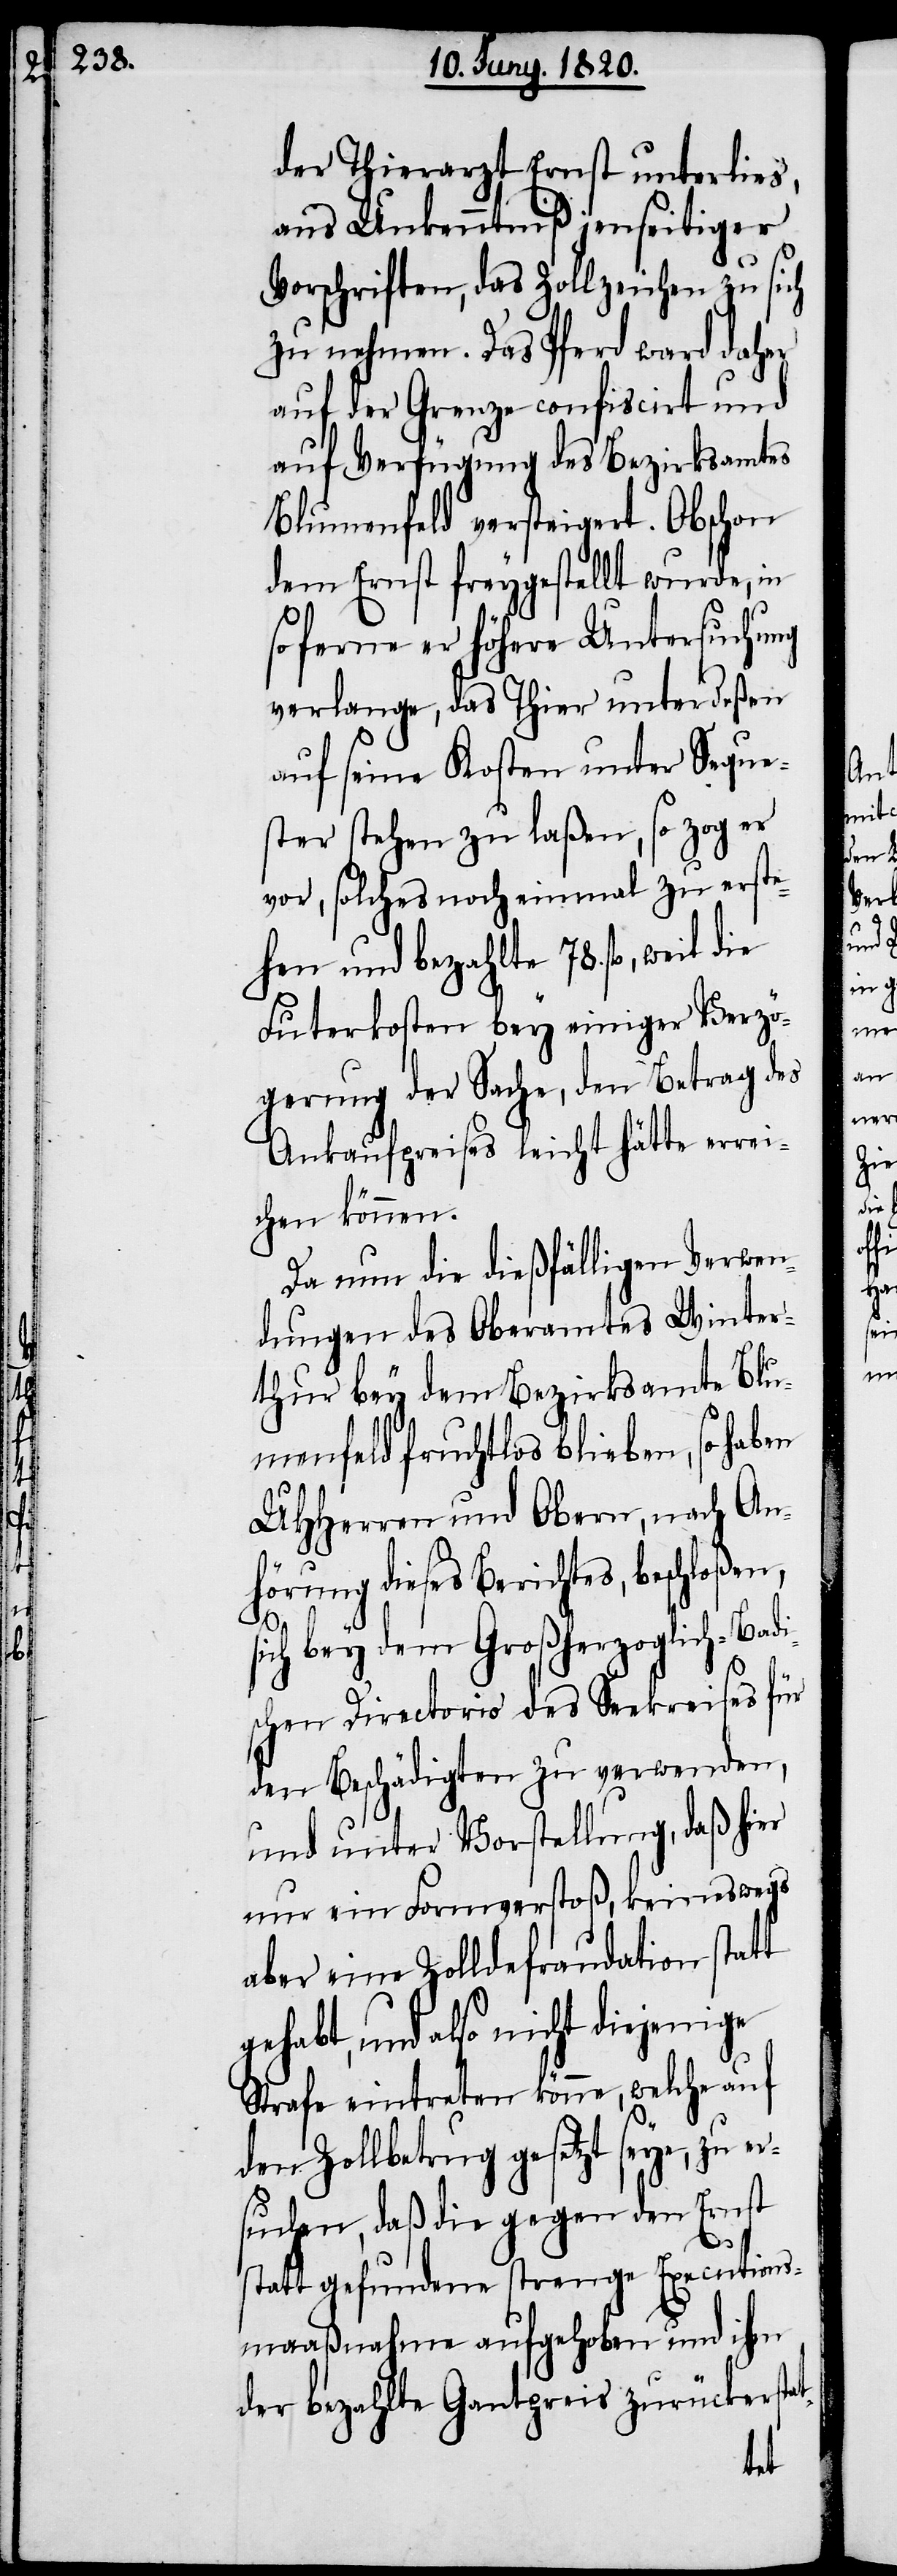
der Thierarzt Ernst unterlies,
aus Unkenntniß jenseitiger
Vorschriften, das Zollzeichen zu sich
zu nehmen. Das Pferd ward daher
auf der Grenze confiscirt und
auf Verfügung des Bezirksamtes
Blumenfeld versteigert. Obschon
dem Ernst freygestellt wurde, in
soferne er höhere Untersuchung
verlange, das Thier unterdeßen
auf seine Kosten unter Seque¬
ster stehen zu laßen, so zog er
vor, solches noch einmal zu erste¬
hen und bezahlte 78. fl, weil die
Futerkosten bey einiger Verzö¬
gerung der Sache, dem Betrag des
Ankaufpreises leicht hätte errei¬
chen können.
Da nun die dießfälligen Verwen¬
dungen des Oberamtes Winter¬
thur bey dem Bezirksamte Blu¬
menfeld fruchtlos blieben, so haben
UHHerren und Obern, nach Anh¬
örung dieses Berichtes, beschlo¬
sich bey dem Großherzoglich-Badi¬
schen Directorio des Seekreises für
den Beschädigten zu verwenden,
und unter Vorstellung, daß hier
nur ein Formverstoß, keineswegs
aber eine Zolldefraudation statt
gehabt, und also nicht diejenige
Strafe eintreten könne, welche auf
den Zollbetrag gesetzt seye, zu e¬
rsuchen, daß die gegen den Ernst
statt gefundene strenge Executions¬
maaßnahme aufgehoben und ihm
der bezahlte Gantpreis zurückerstat
ßen,